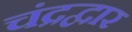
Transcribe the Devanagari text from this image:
चंद्रद्वार